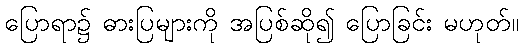
ပြောရာ၌ ဓားပြများကို အပြစ်ဆို၍ ပြောခြင်း မဟုတ်။